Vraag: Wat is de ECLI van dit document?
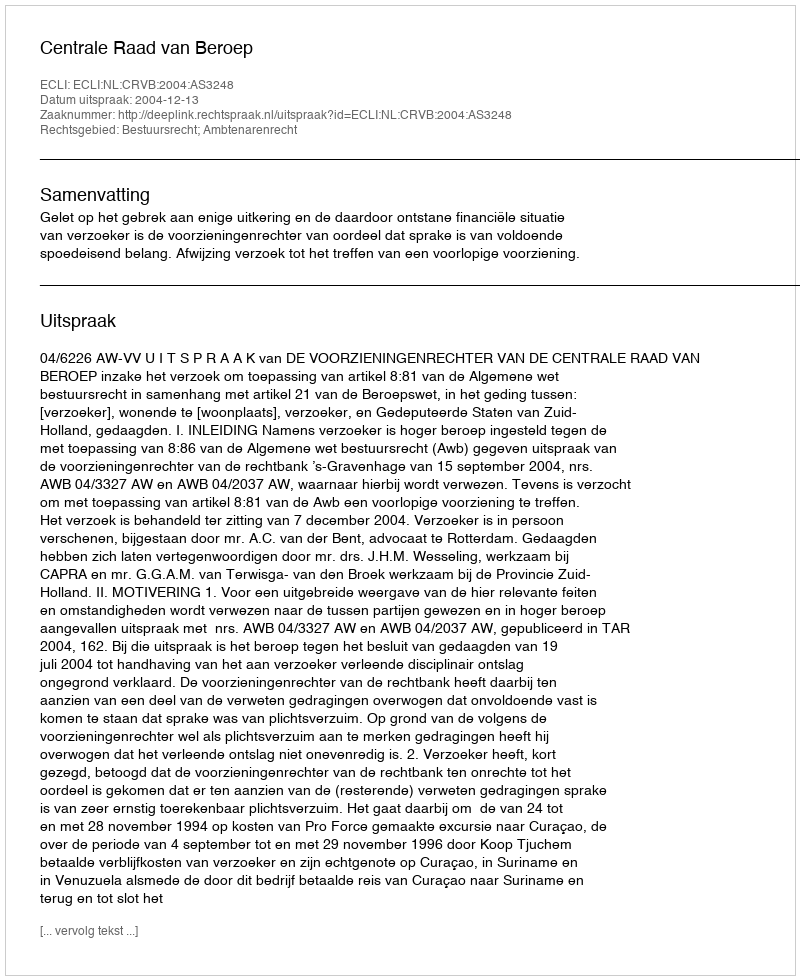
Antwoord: ECLI:NL:CRVB:2004:AS3248